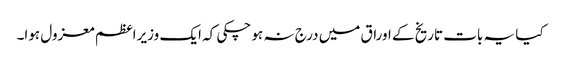
کیا یہ بات تاریخ کے اوراق میں درج نہ ہو چکی کہ ایک وزیراعظم معزول ہوا۔